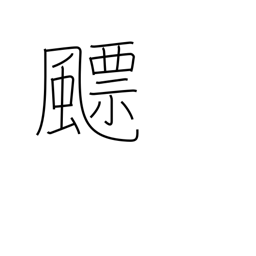
Meaning: cyclone